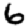
Digit: 6